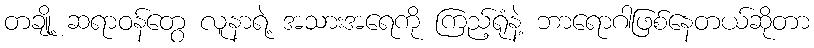
တချို့ ဆရာဝန်တွေ လူနာရဲ့ အသားအရေကို ကြည့်ရုံနဲ့ ဘာရောဂါဖြစ်နေတယ်ဆိုတာ